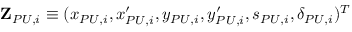
\mathbf { \cal Z } _ { P U , i } \equiv ( x _ { P U , i } , x _ { P U , i } ^ { \prime } , y _ { P U , i } , y _ { P U , i } ^ { \prime } , s _ { P U , i } , \delta _ { P U , i } ) ^ { T }